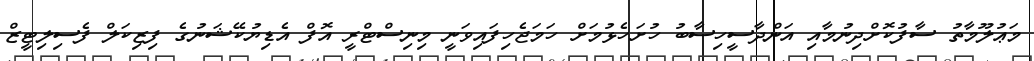
މަޢުލޫމާތު ސާފުކޮށްދިނުމާއި އަންދާސީހިސާބު ހުށަހެޅުމަށް ހަމަޖެހިފައިވަނީ މިނިސްޓްރީ އޮފް އެޑިޔުކޭޝަނުގެ ފިޒިކަލް ފެސިލިޓީޒް